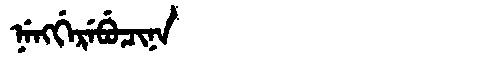
Manchu: ᠨᡝᠩᡤᡝᡵᡝᠪᡠᠴᡳᠨᠠ
Romanization: NENGGEREBUCINA